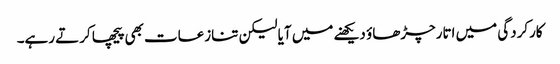
کارکردگی میں اتارچڑھاؤ دیکھنے میں آیا لیکن تنازعات بھی پیچھا کرتے رہے۔